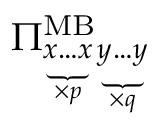
\Pi _ { \underbrace { x \dots x } _ { \times p } \underbrace { y \dots y } _ { \times q } } ^ { \mathrm { M B } }